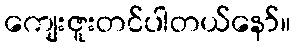
ကျေးဇူးတင်ပါတယ်နော်။